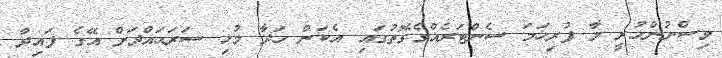
ވިސްނުންހުރީ މާ ފުރިހަމަ ސެންޓަރެއްގެގޮތުގައި އެކަން ހަދާ މުޅި ސަރަޙައްދަށް އޭގެ ފައިދާ